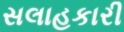
સલાહકારી